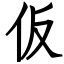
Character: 仮